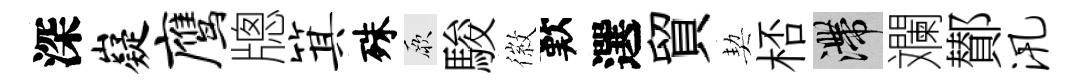
深嶷鹰牕箕殊厥駿徽歎選貿契桮滯斕鄼汛